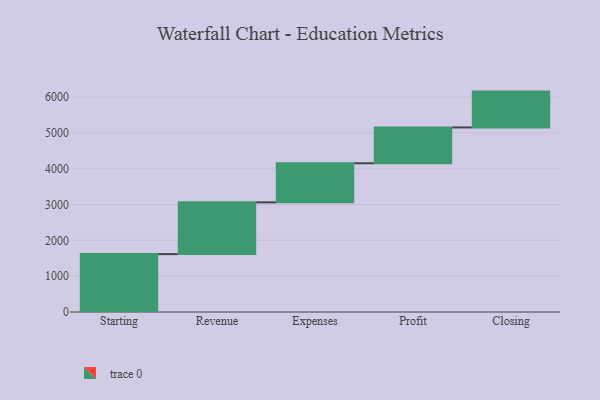
{"axis": {"x": "Step", "y": "Value"}, "legend": [""], "data": [{"x": "Starting", "y": 1616.0, "type": ""}, {"x": "Revenue", "y": 1444.0, "type": ""}, {"x": "Expenses", "y": 1091.0, "type": ""}, {"x": "Profit", "y": 1000, "type": ""}, {"x": "Closing", "y": 1000, "type": ""}]}